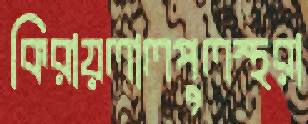
কিরায়লালপুলস্থরা